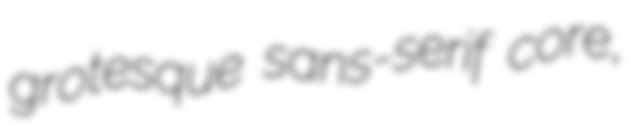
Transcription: grotesque sans-serif core,